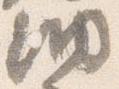
納